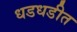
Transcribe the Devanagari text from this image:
धडधडीत